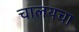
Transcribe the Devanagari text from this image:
चालयचा